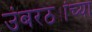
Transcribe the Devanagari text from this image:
उंबरठ्यांच्या